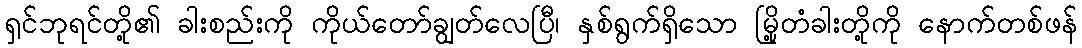
ရှင်ဘုရင်တို့၏ ခါးစည်းကို ကိုယ်တော်ချွတ်လေပြီ၊ နှစ်ရွက်ရှိသော မြို့တံခါးတို့ကို နောက်တစ်ဖန်